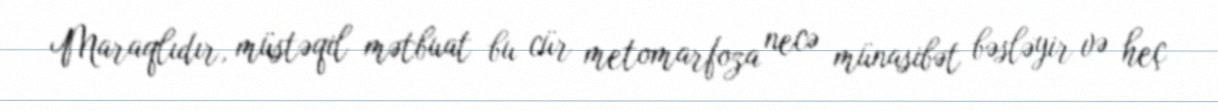
Maraqlıdır, müstəqil mətbuat bu cür metomarfoza necə münasibət bəsləyir və heç